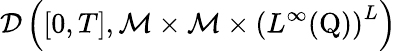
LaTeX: \mathcal{D}\left([0,T],\mathcal{M}\times\mathcal{M}\times\left(L^{\infty}(\mathrm{Q})\right)^{L}\right)